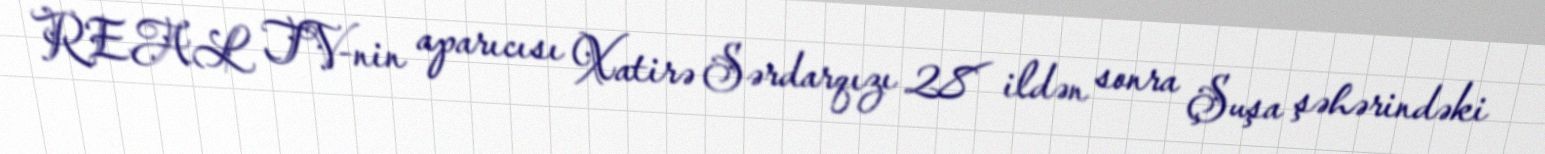
REAL TV-nin aparıcısı Xatirə Sərdarqızı 28 ildən sonra Şuşa şəhərindəki